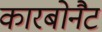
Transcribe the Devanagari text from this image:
कारबोनैट